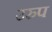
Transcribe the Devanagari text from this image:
उरुप